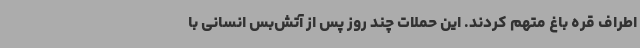
اطراف قره باغ متهم کردند. این حملات چند روز پس از آتش‌بس انسانی با